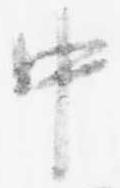
中